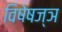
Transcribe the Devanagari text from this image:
विषेषज्ञ